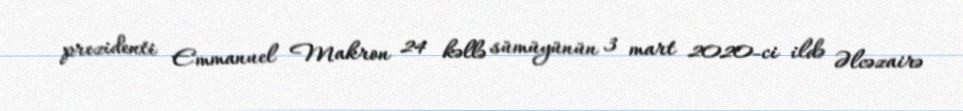
prezidenti Emmanuel Makron 24 kəllə sümüyünün 3 mart 2020-ci ildə Əlcəzairə